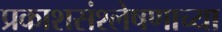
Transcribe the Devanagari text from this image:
प्रकाशसंश्लेषणाच्या